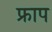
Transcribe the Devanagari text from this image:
फ्राप